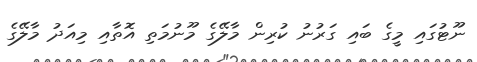
ނޫޓުގައި މީގެ ބައި ގަރުނު ކުރިން މާލޭގެ މޫނުމަތި އޮތާއި މިއަދު މާލޭގެ